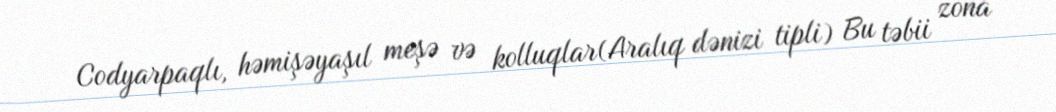
Codyarpaqlı, həmişəyaşıl meşə və kolluqlar(Aralıq dənizi tipli) Bu təbii zona